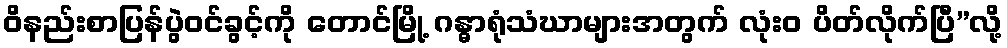
ဝိနည်းစာပြန်ပွဲဝင်ခွင့်ကို တောင်မြို့ ဂန္ဓာရုံသံဃာများအတွက် လုံးဝ ပိတ်လိုက်ပြီ”လို့